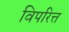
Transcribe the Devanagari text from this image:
विपरित्त